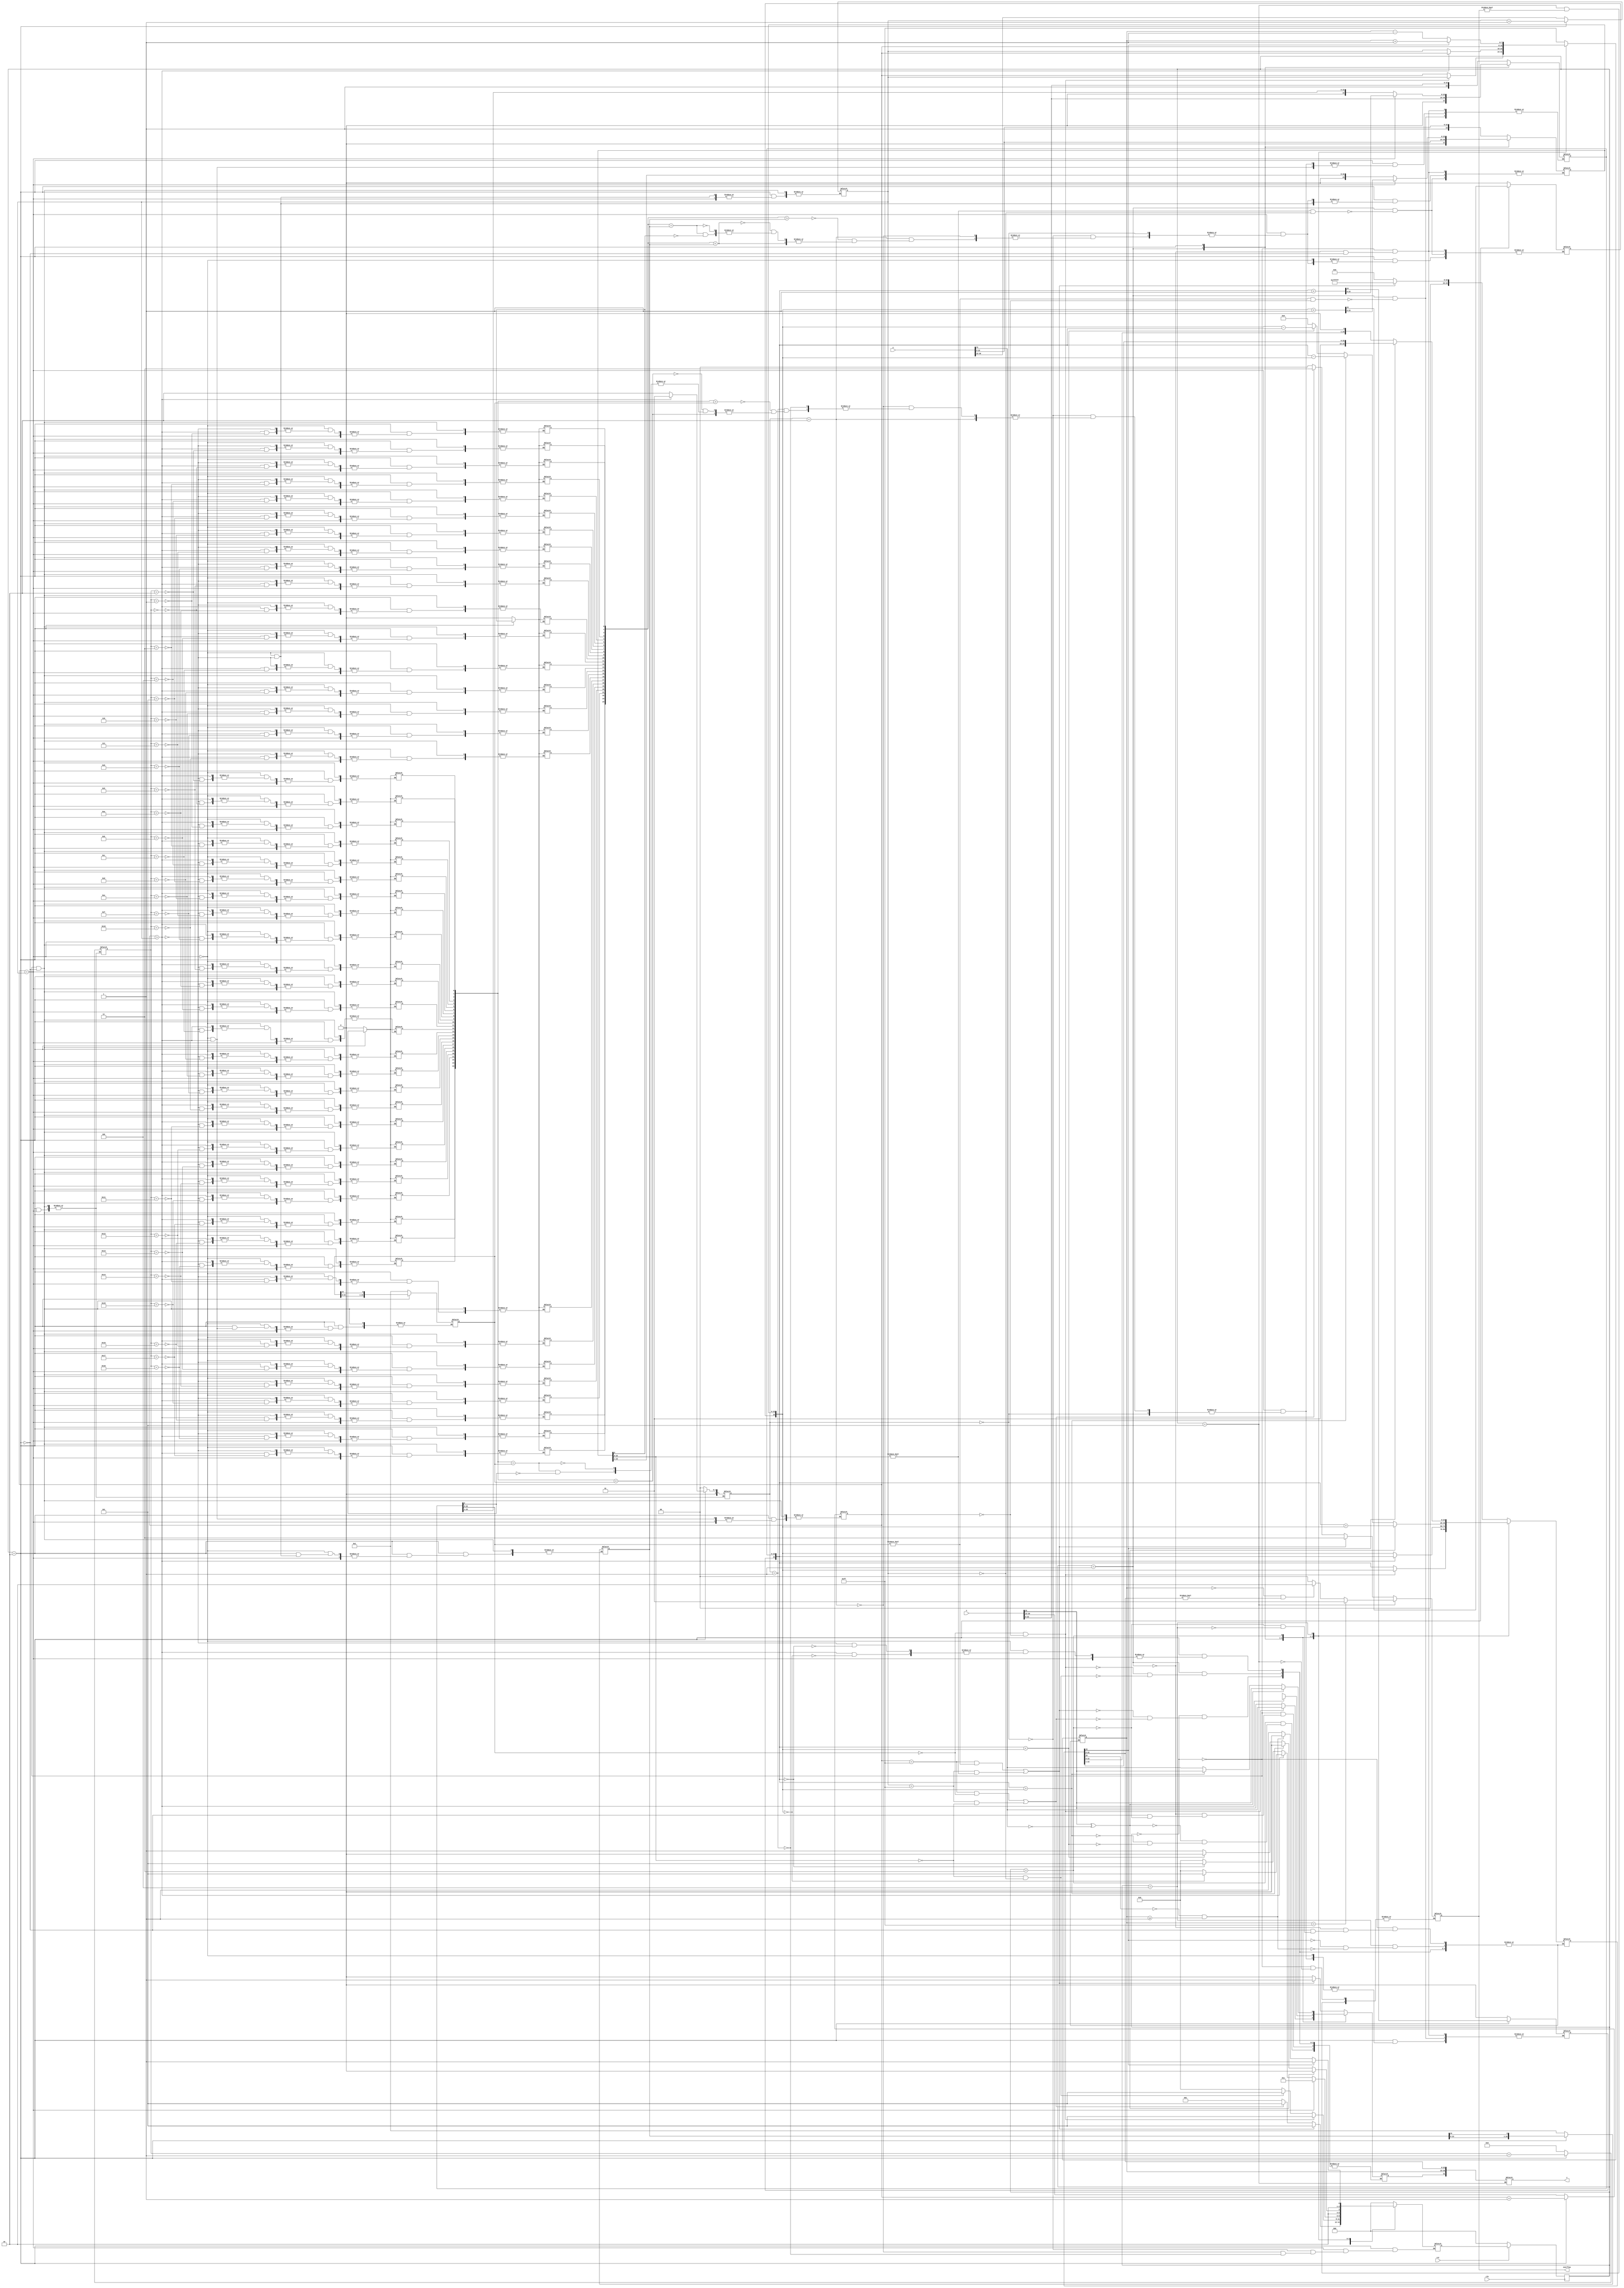
module float_adder 
(
    input clk,
    input rst,
    input [31:0] x,
    input [31:0] y,
    output reg [31:0] z,
    output reg [1:0] overflow//0-;01-;10-;11-
);
    reg [24:0] m_x,m_y,m_z;//1.F, 
    reg [7:0] e_x,e_y,e_z;//
    reg [2:0] state_now,state_next;
    reg sign_x,sign_y,sign_z;

    reg [24:0] out_x,out_y,mid_y,mid_x;//
    reg [7:0] move_tot;//
    reg [2:0] bigger;//ex<ey,10;ex>ey,01;ex==ey,00

    //parameter 3'b000 = 3'b000,3'b001 = 3'b001,3'b010 = 3'b010,3'b011 = 3'b011,3'b100 = 3'b100,3'b101 = 3'b110;
    //0m_?0.F(overflow)
    always @(posedge clk) begin
        if(!rst)begin
            state_now<=3'b000;
        end
        else begin
            state_now<=state_next;
        end
    end
    always @(state_now,state_next,e_x,e_y,e_z,m_x,m_y,m_z,out_x,out_y,mid_x,mid_y) begin
        case(state_now)
            3'b000:begin//
                bigger<=2'b0;
                e_x<=x[30:23];
                e_y<=y[30:23];
                m_x<={1'b0,1'b1,x[22:0]};// 1.F
                m_y<={1'b0,1'b1,y[22:0]};
                out_x<=25'b0;
                out_y<=25'b0;
                mid_y<={24'b0,1'b1};
                mid_x<={24'b0,1'b1};
                move_tot<=8'b0;
                //[1,254]0
                if((e_x==8'd255&&m_x[22:0]!=0)||(e_y==8'd255&&m_y[22:0]!=0))begin
                    overflow<=2'b11;    
                    sign_z<=1'b1;
                    e_z<=8'b11111111;
                    m_z<=23'b11111111111111111111111;
                    state_next<=3'b101;
                end//
                else if((e_x==8'd255&&m_x[22:0]==0)||(e_y==8'd255&&m_y[22:0]==0))begin
                    //xyoverflow=2'b11over
                    overflow<=2'b11;    
                    sign_z<=1'b0;
                    e_z<=8'b11111111;
                    m_z<=23'b0;
                    state_next<=3'b101;
                end
                else begin
                    overflow<=2'b0;
                    state_next<=3'b001;//0
                end
            end
            3'b001:begin
                if(m_x[22:0]==23'b0&&e_x==8'b0)begin
                    sign_z<=y[31];
                    e_z<=e_y;
                    m_z<=m_y;
                    state_next<=3'b101;
                end
                else if(m_y[22:0]==23'b0&&e_y==8'b0)begin
                    sign_z<=x[31];
                    e_z<=e_x;
                    m_z<=m_x;
                    state_next<=3'b101;
                end
               
                else begin
                    state_next<=3'b010;//
                end
                if(m_x[22:0]!=23'b0&&e_x==8'b0)begin
                    m_x<={1'b0,1'b0,x[22:0]};//1.F
                end
                if(m_y[22:0]!=23'b0&&e_y==8'b0)begin
                    m_y<={1'b0,1'b0,y[22:0]};
                end
            end
            3'b010:begin
                if(e_x==e_y)begin//e_x == exponent_y
                    if(bigger==2'b00)begin
                        state_next<=3'b011;//
                    end
                    else if(bigger==2'b10)begin
                        if(out_y>mid_y)begin
                            m_y<=m_y+1'b1;
                        end
                        else if(out_y<mid_y)begin
                            m_y<=m_y;
                        end
                        else if(out_y==mid_y)begin
                            if(m_y[0]==1)begin
                                m_y<=m_y+1'b1;
                            end
                            else begin
                                m_y<=m_y;
                            end
                        end    
                        state_next<=3'b011;
                    end
                    else if(bigger==2'b01)begin
                        if(out_x>mid_x)begin
                            m_x<=m_x+1'b1;
                        end
                        else if(out_x<mid_x)begin
                            m_x<=m_x;
                        end
                        else if(out_x==mid_x)begin
                            if(m_x[0]==1)begin
                                m_x<=m_x+1'b1;
                            end
                            else begin
                                m_x<=m_x;
                            end
                        end     
                        state_next<=3'b011;
                    end
                end
                else begin
                    if(e_x>e_y)begin
                        bigger<=2'b01;
                        e_y<=e_y+1'b1;
                        m_y[23:0]<={1'b0,m_y[23:1]};//+1
                        out_y[move_tot]<=m_y[0];
                        mid_y={mid_y[23:0],mid_y[24]};
                        move_tot<=move_tot+1'b1;
                        if(m_y==24'b0)begin//
                            sign_z<=sign_x;
                            e_z<=e_x;
                            m_z<=m_x;
                            state_next<=3'b101;
                        end
                        else begin
                            state_next<=3'b010;
                        end
                    end
                    else begin
                        bigger<=2'b10;
                        e_x<=e_x+1'b1;
                        m_x[23:0]<={1'b0,m_x[23:1]};
                        out_x[move_tot]<=m_x[0];
                        mid_x={mid_x[23:0],mid_x[24]};
                        move_tot<=move_tot+1'b1;
                        if(m_x==24'b0)begin
                            sign_z<=sign_y;
                            e_z<=e_y;
                            m_z<=m_y;
                            state_next<=3'b101;
                        end
                        else begin
                            state_next<=3'b010;
                        end
                    end
                end
            end
            3'b011:begin
                if(x[31]^y[31]==1'b0)begin//
                    e_z<=e_x;
                    sign_z<=x[31];
                    m_z<=m_x+m_y;
                    state_next<=3'b100;
                end
                else begin
                    if(m_x>m_y)begin
                        e_z<=e_x;
                        sign_z<=x[31];
                        m_z<=m_x-m_y;
                        state_next<=3'b100;
                    end
                    else if(m_x<m_y)begin
                        e_z<=e_x;
                        sign_z<=y[31];
                        m_z<=m_y-m_x;
                        state_next<=3'b100;
                    end
                    else begin
                        e_z<=e_x;
                        m_z<=23'b0;
                        state_next<=3'b101;//
                    end
                end
            end
            3'b100:begin
                if(m_z[24]==1'b1)begin// 
                    m_z<={1'b0,m_z[24:1]};
                    e_z<=e_z+1'b1;
                    state_next<=3'b101;
                end
                else begin
                    if(m_z[23]==1'b0&&e_z>=1)begin//0.xxxx1.xxxxx
                        m_z<={m_z[23:0],1'b0};
                        e_z<=e_z-1'b1;
                        state_next<=3'b100;
                    end
                    else begin
                        state_next<=3'b101;
                    end
                end
            end
            3'b101:begin
                z={sign_z,e_z[7:0],m_z[22:0]};
                //
                //1.
                //2.z
                if(overflow)begin
                    overflow<=overflow;
                    state_next<=3'b000;
                end
                else if(e_z==8'd255)begin
                    overflow<=2'b01;
                    state_next<=3'b000;
                end
                else if(e_z==8'd0&&m_z[22:0]!=23'b0)begin
                    overflow<=2'b10;
                    state_next<=3'b000;
                end
                else begin
                    overflow<=2'b00;
		            state_next<=3'b000;
                end 
            end
            default:begin
                state_next<=3'b000;
            end
        endcase
    end

endmodule
//reference:https://blog.csdn.net/Phoenix_ZengHao/article/details/118760774